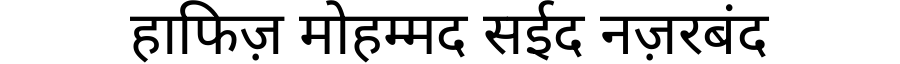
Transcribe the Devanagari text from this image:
हाफिज़ मोहम्मद सईद नज़रबंद